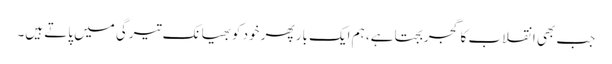
جب بھی انقلاب کا گجر بجتا ہے، ہم ایک بار پھر خود کوبھیانک تیرگی میں پاتے ہیں۔